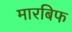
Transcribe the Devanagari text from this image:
मारबिफ